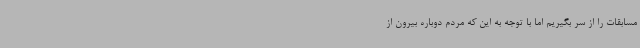
مسابقات را از سر بگیریم اما با توجه به این که مردم دوباره بیرون از